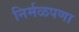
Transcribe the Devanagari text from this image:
निर्मळपणा